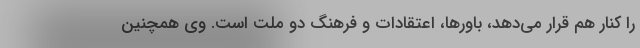
را کنار هم قرار می‌دهد، باورها، اعتقادات و فرهنگ دو ملت است. وی همچنین